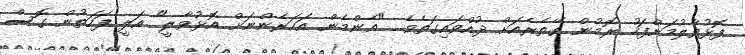
ފޮޅުވާލުމަށްފަހު ރޮމުން ގޭތެރެއަށް ދުއްވައިގަތެވެ. "އެންމެން އަހަރެންނަށް އޮޅުވާލީ" އަލީ ފަހަތުން ގޮސް